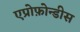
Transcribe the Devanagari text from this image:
एप्रोफ़ोन्डीस